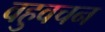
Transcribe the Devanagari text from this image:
वहुवचन